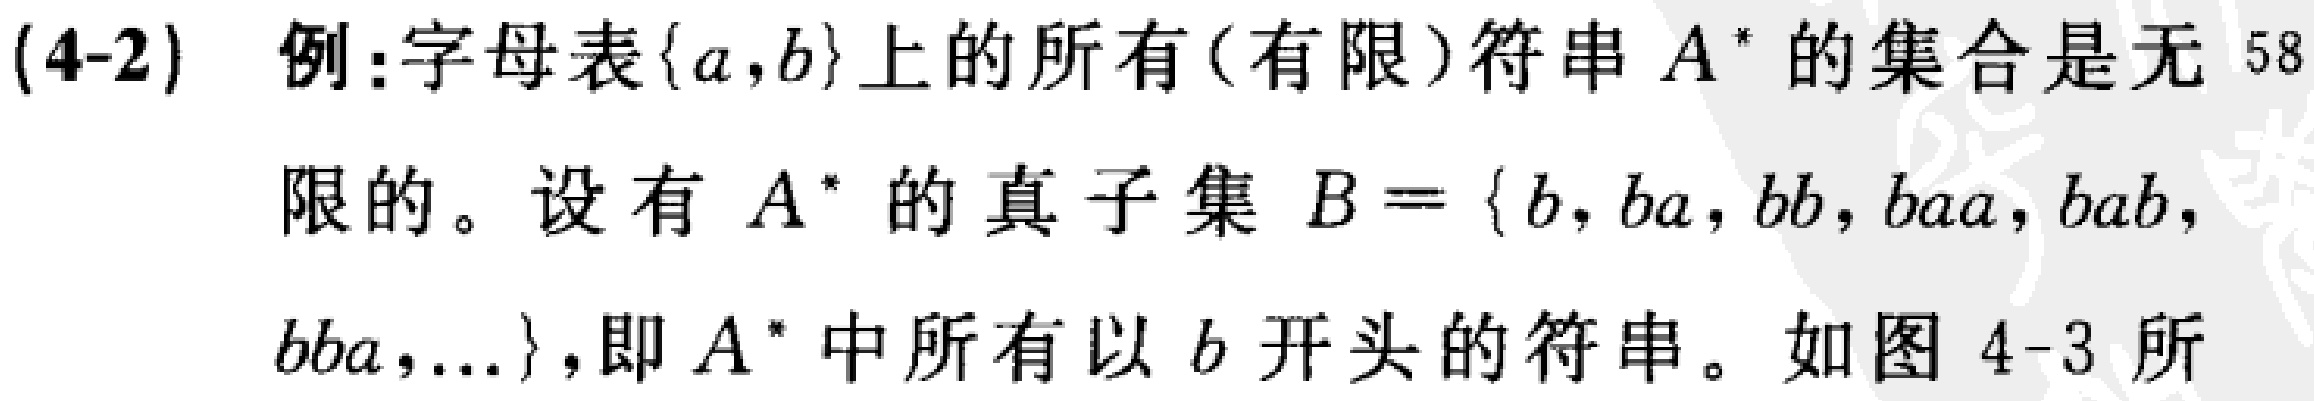
(4-2) 例:字母表\(\{a,b\}\)上的所有(有限)符串 \(A^{*}\) 的集合是无
限的。设有 \(A^{*}\) 的真子集 \(B = \{b,ba,bb,baa,bab,bba,...\}\),即 \(A^{*}\) 中所有以 \(b\) 开头的符串。如图 4-3 所